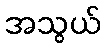
အသွယ်